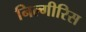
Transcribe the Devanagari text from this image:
निल्गीरिस